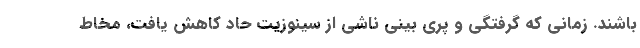
باشند. زمانی که گرفتگی و پری بینی ناشی از سینوزیت حاد کاهش یافت، مخاط